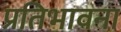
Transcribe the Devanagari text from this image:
प्रतिभावना